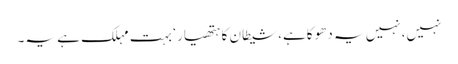
نہیں،نہیں یہ دھوکاہے،شیطان کا ہتھیار ‘ بہت مہلک ہے یہ۔